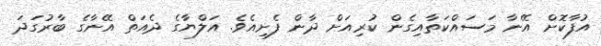
އުފާކޮށް އޭނާ މަސައްކަތާއިގެން ކުރިއަށް ދާން ފެށިއެވެ. އަލްޔާގެ ދެއަތް އޭނާގެ ބާރުގަދަ